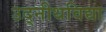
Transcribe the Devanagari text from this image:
उद्नीथविद्या